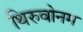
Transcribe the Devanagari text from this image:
थिरुवोनम